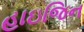
હાઇજિન